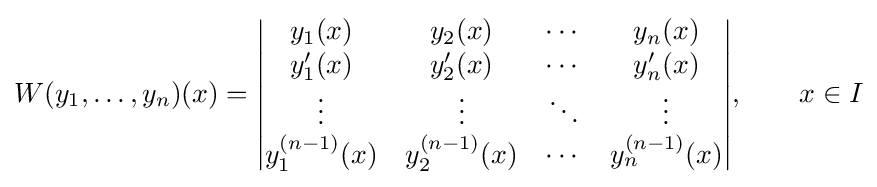
W(y_{1},\ldots ,y_{n})(x)={\begin{vmatrix}y_{1}(x)&y_{2}(x)&\cdots &y_{n}(x)\\y'_{1}(x)&y'_{2}(x)&\cdots &y'_{n}(x)\\\vdots &\vdots &\ddots &\vdots \\y_{1}^{(n-1)}(x)&y_{2}^{(n-1)}(x)&\cdots &y_{n}^{(n-1)}(x)\end{vmatrix}},\qquad x\in I